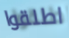
اطلقوا